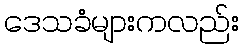
ဒေသခံများကလည်း